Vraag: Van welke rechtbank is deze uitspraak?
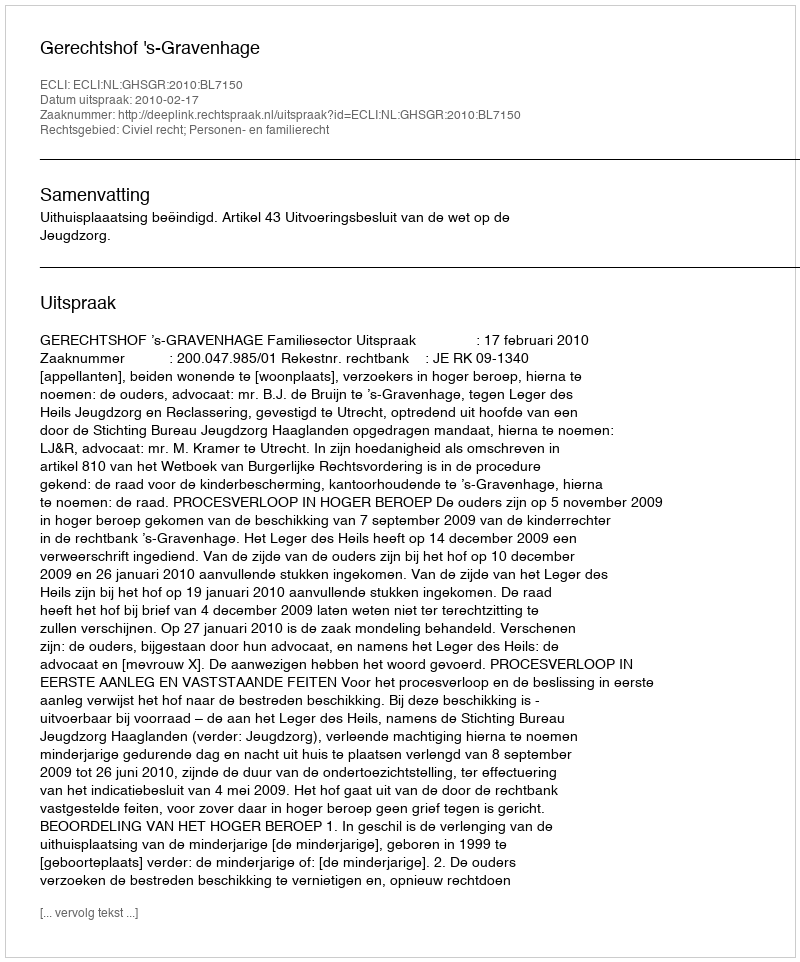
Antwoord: Gerechtshof 's-Gravenhage